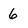
Character: 6